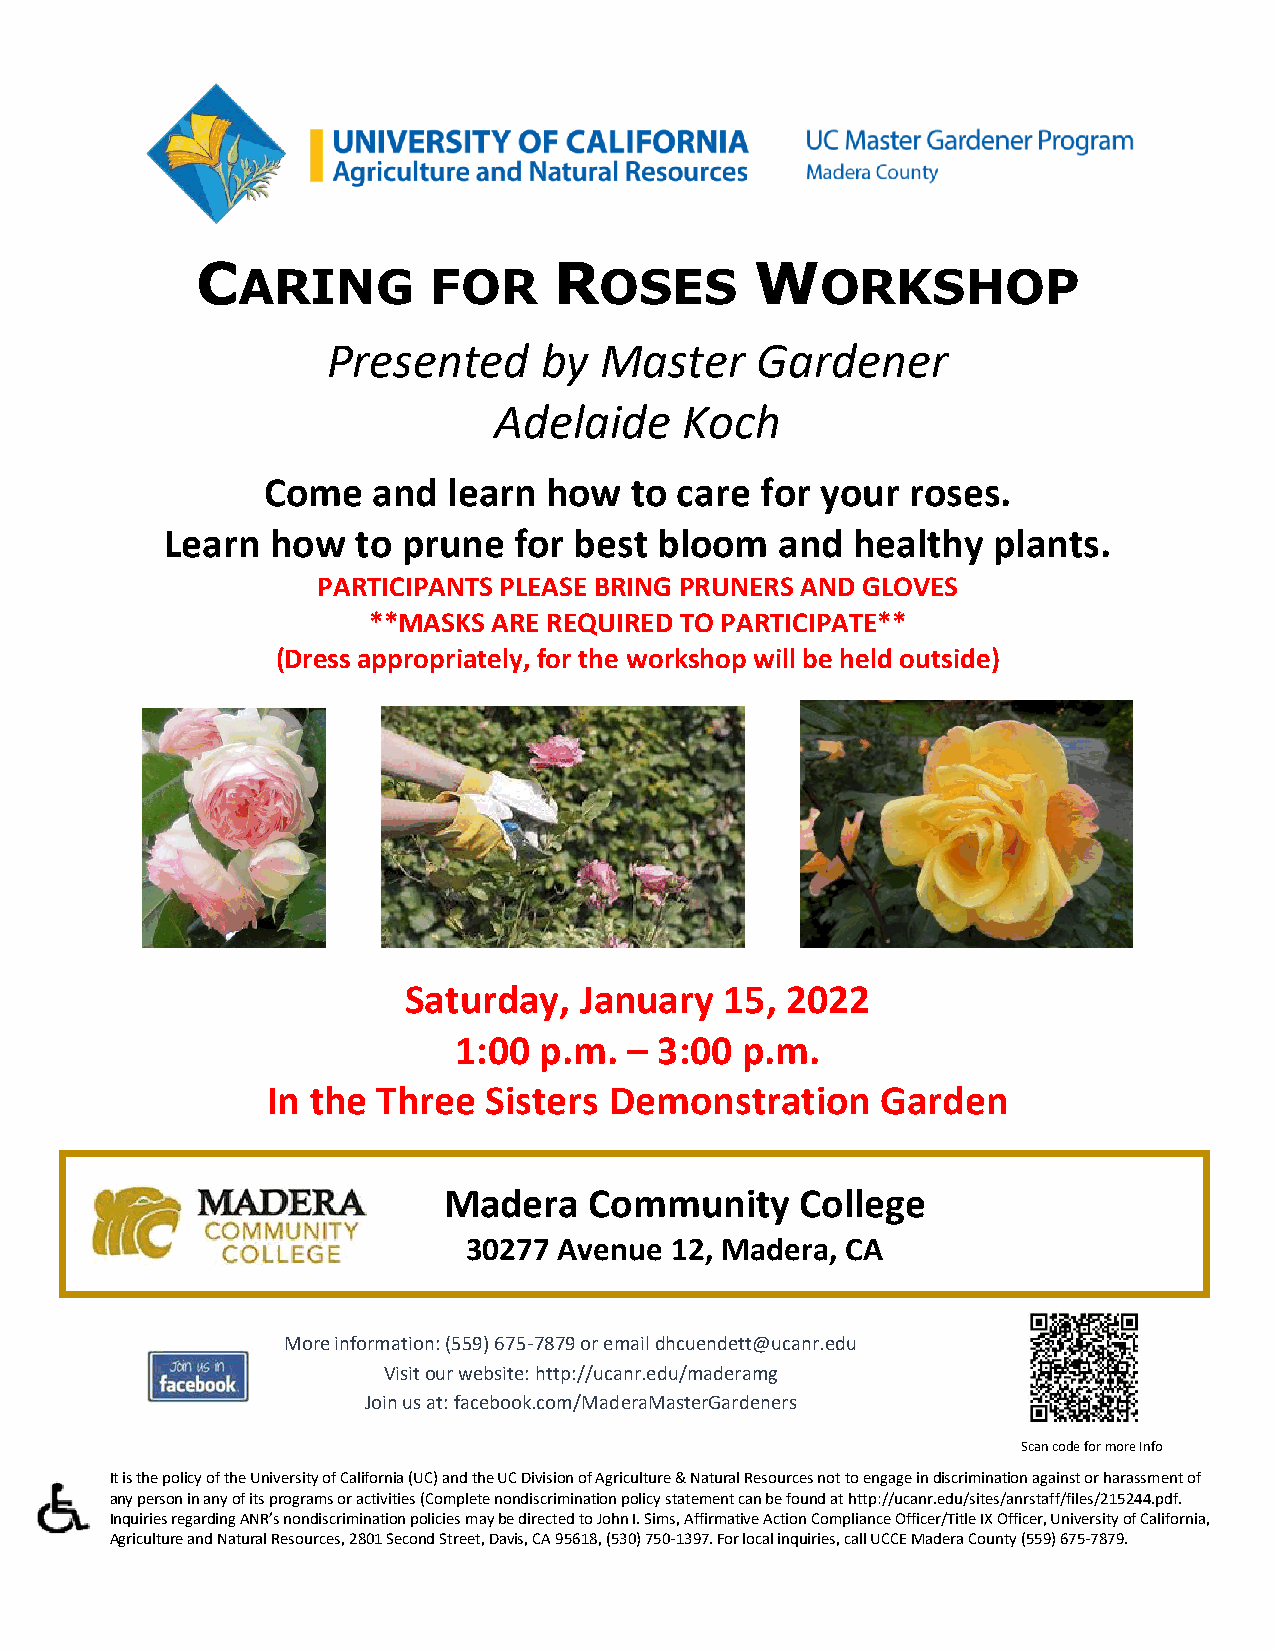
C                       R            W
 ARING        FOR        OSES          ORKSHOP
 Presented     by  Master    Gardener
 Adelaide    Koch
 Come    and  learn how   to care for your  roses.
 Learn  how   to prune  for best  bloom   and healthy   plants.
 PARTICIPANTS PLEASE BRING PRUNERS AND GLOVES
 **MASKS  ARE REQUIRED TO PARTICIPATE**
 (Dress appropriately, for the workshop will be held outside)
 Saturday,  January   15, 2022
 1:00  p.m.  – 3:00 p.m.
 In the Three  Sisters Demonstration     Garden
 Madera    Community     College
 30277 Avenue 12, Madera, CA
 More information: (559) 675-7879 or email dhcuendett@ucanr.edu
 Visit our website: http://ucanr.edu/maderamg
 Join us at: facebook.com/MaderaMasterGardeners
 Scan code for more Info
 It is the policy of the University of California (UC) and the UC Division of Agriculture & Natural Resources not to engage in discrimination against or harassment of
 any person in any of its programs or activities (Complete nondiscrimination policy statement can be found at http://ucanr.edu/sites/anrstaff/files/215244.pdf.
 Inquiries regarding ANR’s nondiscrimination policies may be directed to John I. Sims, Affirmative Action Compliance Officer/Title IX Officer, University of California,
 Agriculture and Natural Resources, 2801 Second Street, Davis, CA 95618, (530) 750-1397. For local inquiries, call UCCE Madera County (559) 675-7879.